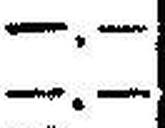
—.—